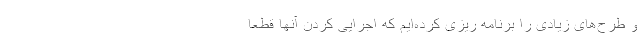
و طرح‌های زیادی را برنامه ریزی کرده‌ایم که اجرایی کردن آنها قطعاً